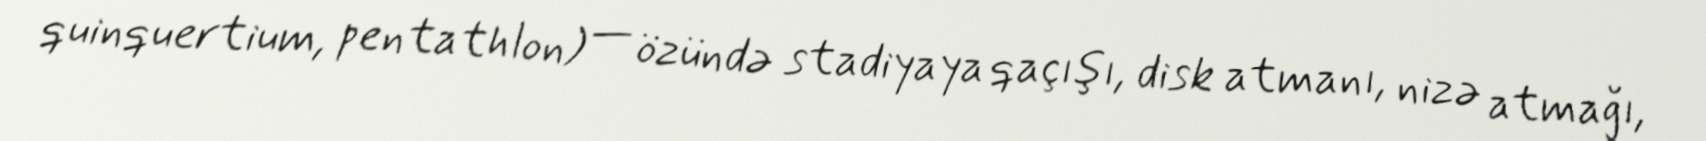
quinquertium, pentathlon) — özündə stadiyaya qaçışı, disk atmanı, nizə atmağı,